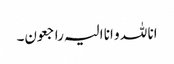
انا للہ و انا الیہ راجعون۔